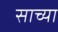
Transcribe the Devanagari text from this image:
साच्या